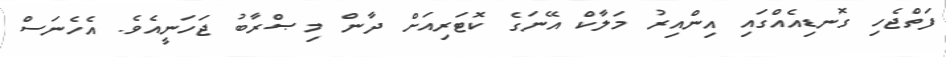
ފަތްޖެހި ގޮނޑިއެއްގައި އިންއިރު މަލާކް އޭނަގެ ކޮޓަރިއަށް ދާން މިޞްރާބު ޖަހަނީއެވެ. އެހެނަސް